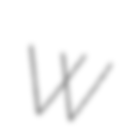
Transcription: W